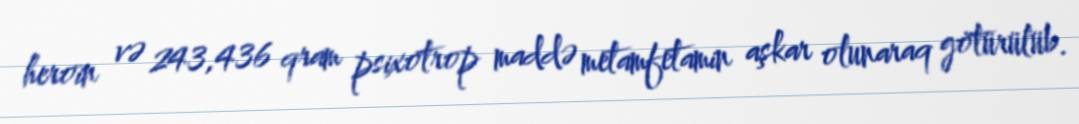
heroin və 243,436 qram psixotrop maddə metamfetamin aşkar olunaraq götürülüb.